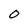
Character: 0